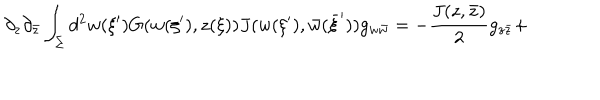
\partial _ { z } \partial _ { \bar { z } } \int _ { \Sigma } d ^ { 2 } w ( \xi ^ { \prime } ) G ( w ( \xi ^ { \prime } ) , z ( \xi ) ) J ( w ( \xi ^ { \prime } ) , \bar { w } ( \bar { \xi } ^ { \prime } ) ) g _ { w \bar { w } } = - { \frac { J ( z , \bar { z } ) } { 2 } } g _ { z \bar { z } } +